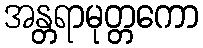
အန္တရာမုတ္တကော